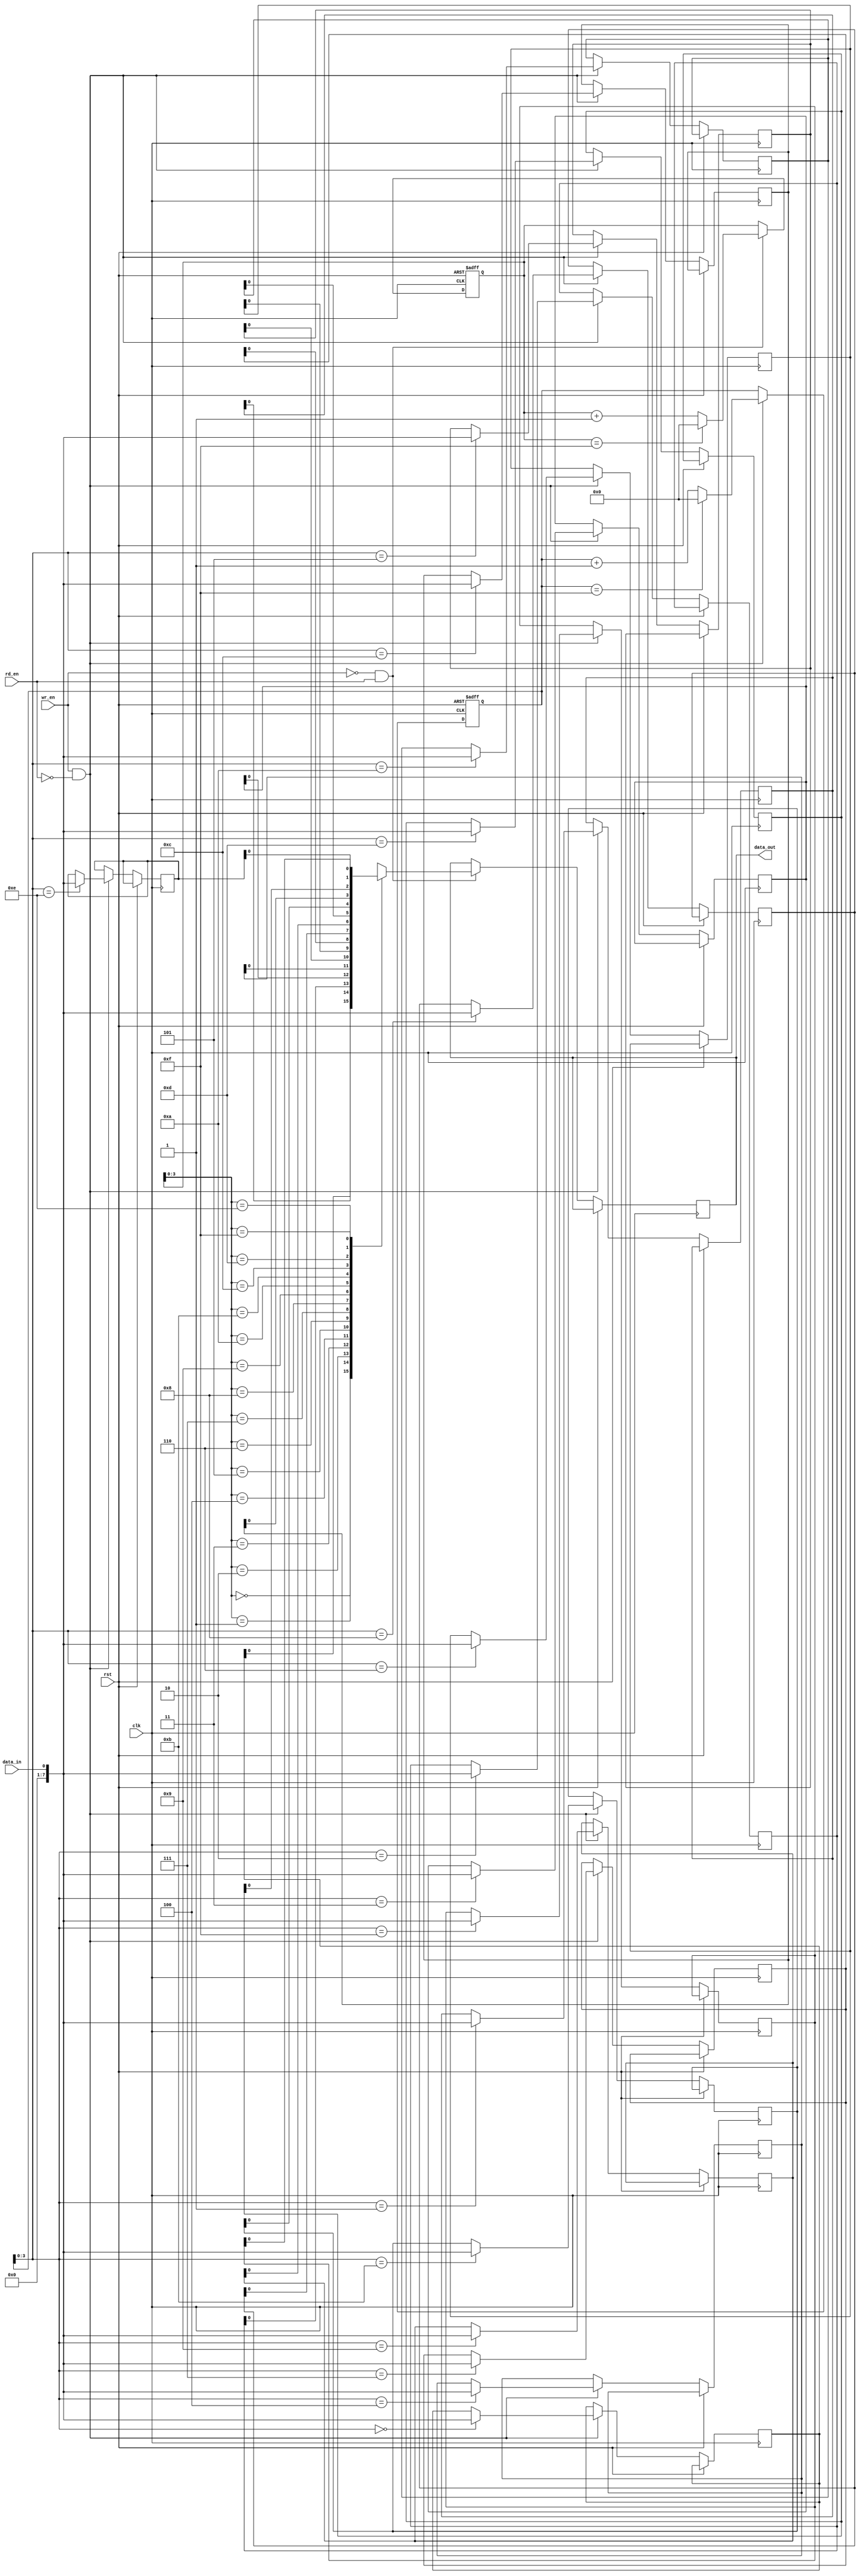
module First_Word_Fall_Through_FIFO (
    input wire clk,          // Clock input
    input wire rst,          // Reset input
    input wire wr_en,        // Write enable input
    input wire rd_en,        // Read enable input
    input wire data_in,      // Data input
    output reg data_out      // Data output
);

parameter WIDTH = 8;         // Data width
parameter DEPTH = 16;        // Depth of FIFO buffer

reg [WIDTH-1:0] fifo [0:DEPTH-1];    // FIFO buffer
reg [4:0] wr_ptr, rd_ptr;            // Write and read pointers

always @(posedge clk or posedge rst) begin
    if (rst) begin
        wr_ptr <= 5'b0;
        rd_ptr <= 5'b0;
    end else begin
        if (wr_en && !rd_en) begin
            fifo[wr_ptr] <= data_in;
            wr_ptr <= (wr_ptr == DEPTH-1) ? 5'b0 : wr_ptr + 1;
        end
        if (!wr_en && rd_en) begin
            data_out <= fifo[rd_ptr];
            rd_ptr <= (rd_ptr == DEPTH-1) ? 5'b0 : rd_ptr + 1;
        end
    end
end

endmodule